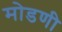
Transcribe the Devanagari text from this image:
मोडणी